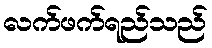
လက်ဖက်ရည်သည်